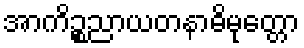
အာကိဉ္စညာယတနာဓိမုတ္တော